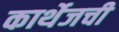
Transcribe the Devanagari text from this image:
कार्थेजची